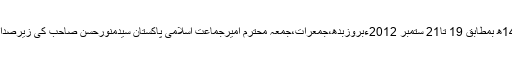
جماعت اسلامی پاکستان کی مرکزی مجلس شوریٰ کا غیرمعمولی اجلاس مورخہ 2تا4ذیعقدہ1433ھ بمطابق 19 تا21 ستمبر 2012ءبروزبدھ،جمعرات،جمعہ محترم امیرجماعت اسلامی پاکستان سیدمنورحسن صاحب کی زیرصدارت منصورہ لاہور میں منعقد ہوا جس میں طے شدہ ایجنڈے کےمطابق کارروائی مکمل کی گئی۔